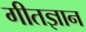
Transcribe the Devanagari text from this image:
गीतज्ञान